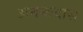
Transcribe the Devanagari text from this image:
अनन्तदास